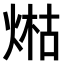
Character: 𤋹